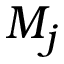
M _ { j }